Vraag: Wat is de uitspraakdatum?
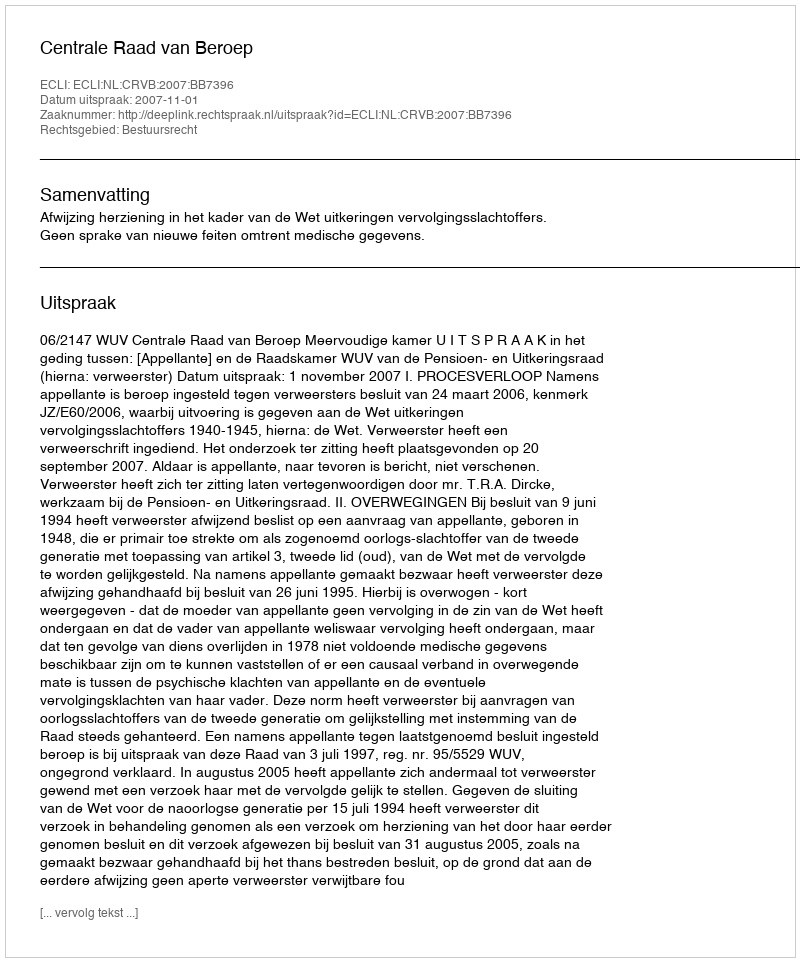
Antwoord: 2007-11-01